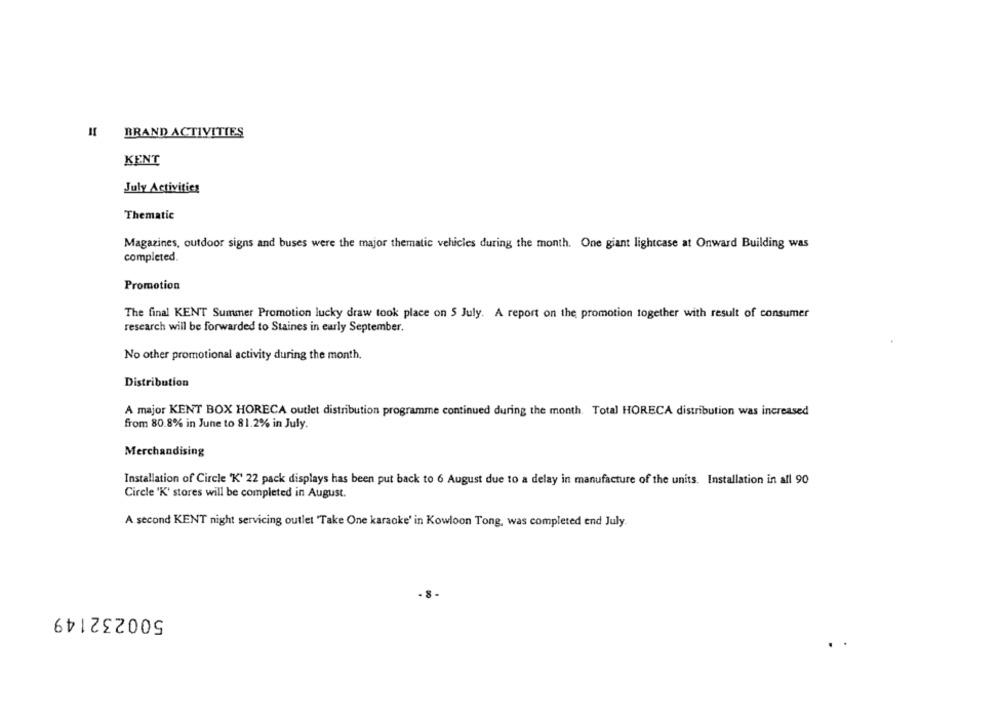
HI BRAND ACTIVITIES
KENT
July Activities
Thematic
Magazines, outdoor signs and buses were the major thematic vehicles during the month. One giant lightcase at Onward Building was
completed.
Promotion
The final KENT Summer Promotion lucky draw took place on 5 July. A report on the promotion together with result of consumer
research will be forwarded to Staines in early September.
No other promotional activity during the month.
Distribution
A major KENT BOX HORECA outlet distribution programme continued during the month. Total HORECA distribution was increased
from 80.8% in June to 81.2% in July.
Merchandising
Installation of Circle 'K' 22 pack displays has been put back to 6 August due to a delay in manufacture of the units. Installation in all 90
Circle 'K' stores will be completed in August.
A second KENT night servicing outlet 'Take One karaoke' in Kowloon Tong, was completed end July.
500232149